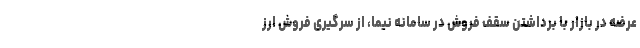
عرضه در بازار با برداشتن سقف فروش در سامانه نیما، از سرگیری فروش ارز